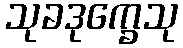
သုခဒုက္ခေသု